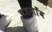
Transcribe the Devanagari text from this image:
वडगाँव